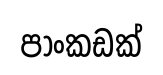
පාංකඩක්